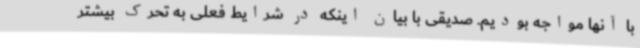
با آنها مواجه بودیم. صدیقی با بیان اینکه در شرایط فعلی به تحرک بیشتر